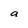
Character: a